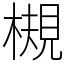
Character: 槻